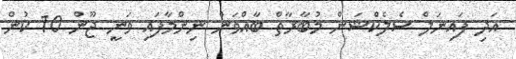
އަދި ފައިނަލް ސެލެކްޝަން މުބާރާތް ބާއްވަން ނިންމާފައި ވަނީ ޖޫން 10 ކުން